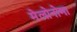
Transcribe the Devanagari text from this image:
मेलोनोमा